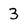
Character: 3